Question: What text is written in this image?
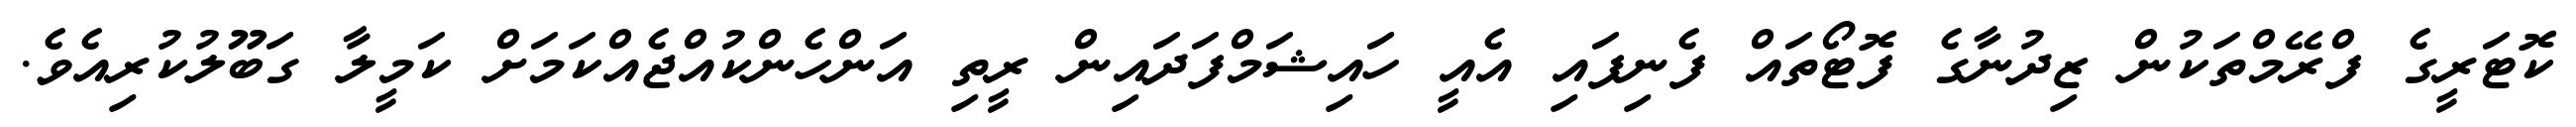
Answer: ކޮޓަރީގެ ފްރޭމްތަކުން ޒިދުނާގެ ފޮޓޯތައް ފެނިފައި އެއީ ހައިޝަމްފަދައިން ރީތި އަންހެންކުއްޖެއްކަމަށް ކަމީލާ ގަބޫލުކުރިއެވެ.